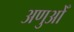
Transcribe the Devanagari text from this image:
अणुओँ